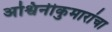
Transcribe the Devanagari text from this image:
अश्विनीकुमारांचा